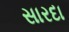
સારદા